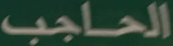
الحاجب